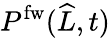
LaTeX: P^{\mathrm{fw}}(\widehat{L},t)